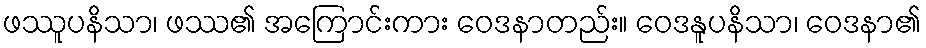
ဖဿူပနိသာ၊ ဖဿ၏ အကြောင်းကား ဝေဒနာတည်း။ ဝေဒနူပနိသာ၊ ဝေဒနာ၏